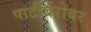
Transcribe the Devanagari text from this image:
पाटीर्बरोबर